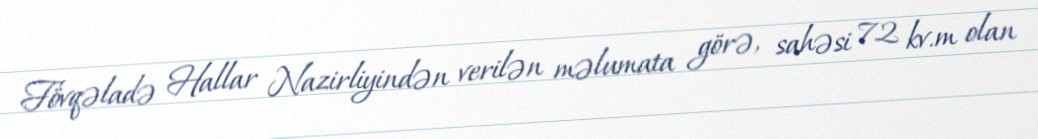
Fövqəladə Hallar Nazirliyindən verilən məlumata görə, sahəsi 72 kv.m olan